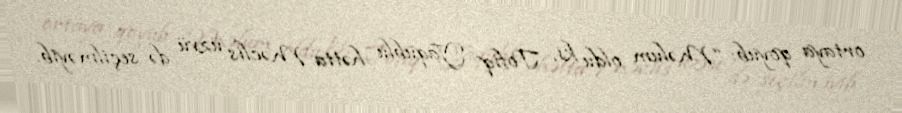
ortaya qoyub: “Məlum oldu ki, Tofiq Yaqublu hətta Məclis üzvü də seçilməyib.